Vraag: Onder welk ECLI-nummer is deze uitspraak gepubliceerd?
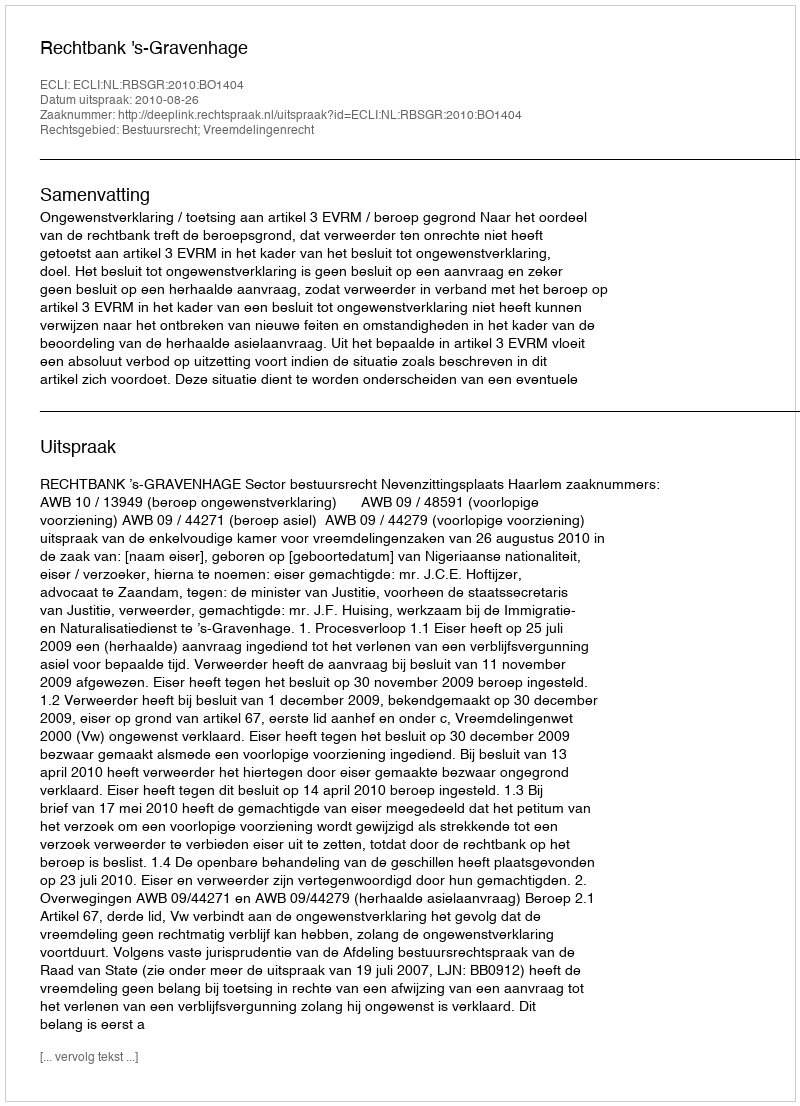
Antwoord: ECLI:NL:RBSGR:2010:BO1404